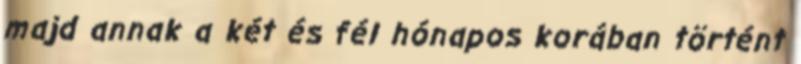
majd annak a két és fél hónapos korában történt